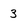
Character: 3